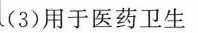
(3)用于医药卫生